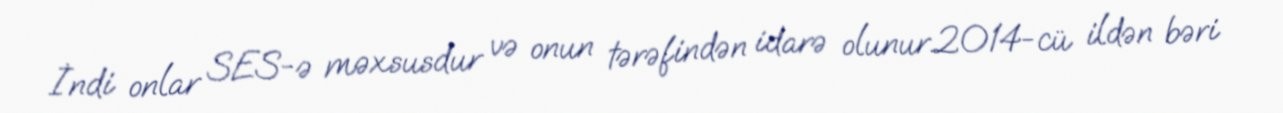
İndi onlar SES-ə məxsusdur və onun tərəfindən idarə olunur.2014-cü ildən bəri